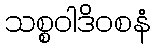
သစ္စဝါဒိဝစနံ